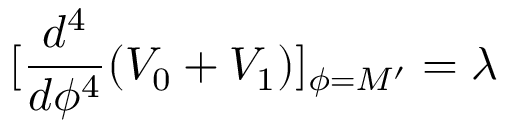
[ \frac { d ^ { 4 } } { d \phi ^ { 4 } } ( V _ { 0 } + V _ { 1 } ) ] _ { \phi = M ^ { \prime } } = \lambda